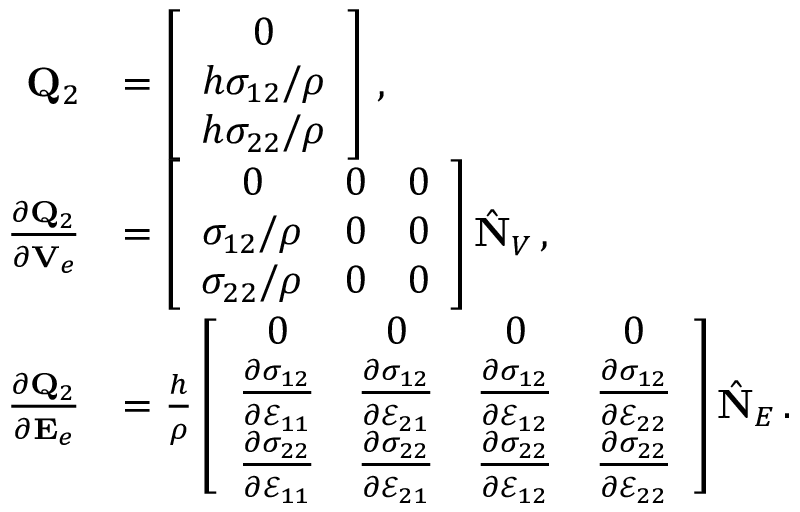
\begin{array} { r l } { { \bf Q } _ { 2 } } & { = \left[ \begin{array} { c } { 0 } \\ { h \sigma _ { 1 2 } / \rho } \\ { h \sigma _ { 2 2 } / \rho } \end{array} \right] \, , } \\ { \frac { \partial { \bf Q } _ { 2 } } { \partial { \bf V } _ { e } } } & { = \left[ \begin{array} { c c c } { 0 } & { 0 } & { 0 } \\ { \sigma _ { 1 2 } / \rho } & { 0 } & { 0 } \\ { \sigma _ { 2 2 } / \rho } & { 0 } & { 0 } \end{array} \right] \hat { \bf N } _ { V } \, , } \\ { \frac { \partial { \bf Q } _ { 2 } } { \partial { \bf E } _ { e } } } & { = \frac { h } { \rho } \left[ \begin{array} { c c c c } { 0 } & { 0 } & { 0 } & { 0 } \\ { \frac { \partial \sigma _ { 1 2 } } { \partial \mathcal { E } _ { 1 1 } } } & { \frac { \partial \sigma _ { 1 2 } } { \partial \mathcal { E } _ { 2 1 } } } & { \frac { \partial \sigma _ { 1 2 } } { \partial \mathcal { E } _ { 1 2 } } } & { \frac { \partial \sigma _ { 1 2 } } { \partial \mathcal { E } _ { 2 2 } } } \\ { \frac { \partial \sigma _ { 2 2 } } { \partial \mathcal { E } _ { 1 1 } } } & { \frac { \partial \sigma _ { 2 2 } } { \partial \mathcal { E } _ { 2 1 } } } & { \frac { \partial \sigma _ { 2 2 } } { \partial \mathcal { E } _ { 1 2 } } } & { \frac { \partial \sigma _ { 2 2 } } { \partial \mathcal { E } _ { 2 2 } } } \end{array} \right] \hat { \bf N } _ { E } \, . } \end{array}